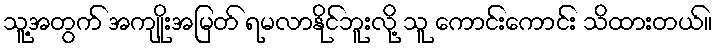
သူ့အတွက် အကျိုးအမြတ် ရမလာနိုင်ဘူးလို့ သူ ကောင်းကောင်း သိထားတယ်။